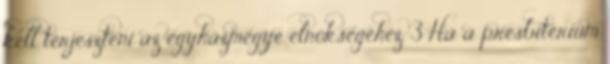
kell terjeszteni az egyházmegye elnökségéhez. 3 Ha a presbitérium